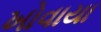
ખોવાયા